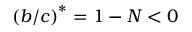
\left( b / c \right) ^ { \ast } = 1 - N < 0